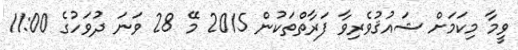
ވީމާ މިކަމަށް ޝައުޤުވެރިވާ ފަރާތްތަކުން 2015 މޭ 28 ވަނަ ދުވަހުގެ 11:00